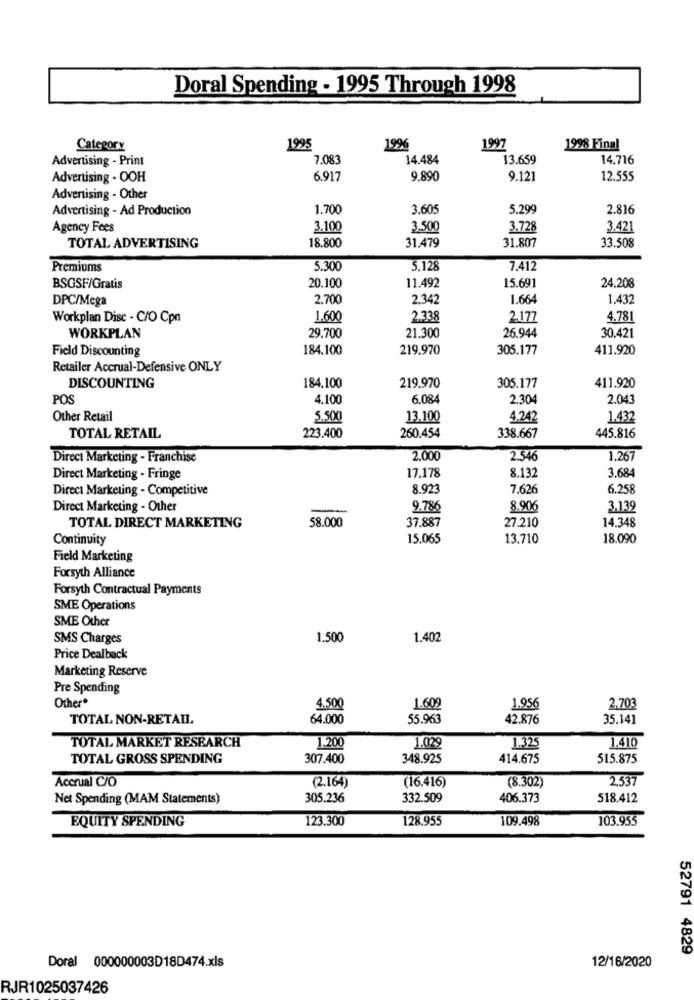
Doral Spending - 1995 Through 1998
Category
1995
1996
1997
1998 Final
Advertising - Print
7.083
14.484
13.659
14.716
Advertising . OOH
6.917
9,890
9.121
12.555
Advertising - Other
Advertising - Ad Production
1.700
3.605
5.299
2.816
Agency Fees
3.100
3.500
3.728
3.421
18.800
31.807
33.508
TOTAL ADVERTISING
31.479
Premiums
5.300
5.128
7.412
20.100
11.492
15.691
24.208
BSGSF/Gratis
DPC/Mega
2.700
2.342
1.664
1.432
Workplan Disc - C/O Cpn
1.600
2.338
2,177
4.78
26.944
30.421
WORKPLAN
29.700
21.300
Field Discounting
184.100
219.970
305.177
411.920
Retailer Accrual-Defensive ONLY
184.100
219.970
411.920
DISCOUNTING
305.177
POS
4,100
6.084
2.304
2.043
Other Retail
5,500
13.100
4.242
1.432
TOTAL RETAIL
223.400
260.454
338.667
445.816
Direct Marketing - Franchise
2,000
2.546
1,267
17.178
8.132
3.684
Direct Marketing - Fringe
Direct Marketing - Competitive
8.923
7.626
6.258
Direct Marketing - Other
-
9.786
8.906
3.139
TOTAL DIRECT MARKETING
58.000
37.887
27.210
14.348
Continuity
15.065
13.710
18.090
Field Marketing
Forsyth Alliance
Forsyth Contractual Payments
SME Operations
SME Other
SMS Charges
1.500
1.402
Price Dealback
Marketing Reserve
Pre Spending
Other*
4.500
1.609
1.956
2,703
TOTAL NON-RETAIL
64.000
55.963
42.876
35.141
1.029
1.325
TOTAL MARKET RESEARCH
1.200
1.410
TOTAL GROSS SPENDING
307.400
348.925
414.675
515.875
(2.164)
(8.302)
2,537
Accrual C/O
(16.416)
Net Spending (MAM Statements)
305.236
332.509
406.373
518.412
EQUITY SPENDING
123.300
128.955
109.498
103.955
52791 4829
12/16/2020
Doral 000000003D18D474.xls
RJR1025037426